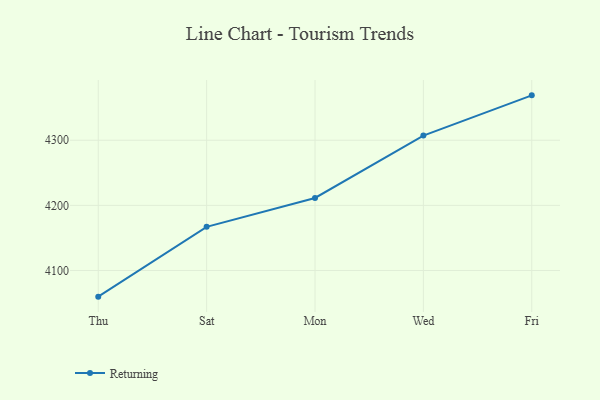
{"axis": {"x": "Day", "y": "Headcount"}, "legend": ["Returning"], "data": [{"x": "Thu", "y": 4059.8, "type": "Returning"}, {"x": "Sat", "y": 4167.0, "type": "Returning"}, {"x": "Mon", "y": 4211.3, "type": "Returning"}, {"x": "Wed", "y": 4307.1, "type": "Returning"}, {"x": "Fri", "y": 4368.9, "type": "Returning"}]}